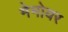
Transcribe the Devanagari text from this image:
मेमोयर